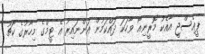
ޕީއެސްޖީ އާއެކު މޮރީނިއޯ ވާހަކަ ދައްކަމުން އަންނައިރު އެ ޓީމްގެ މިހާރުގެ ކޯޗު